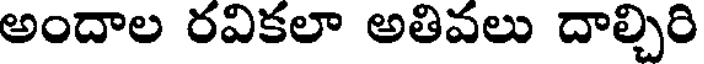
అందాల రవికలా అతివలు దాల్చిరి